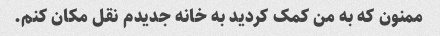
ممنون که به من کمک کردید به خانه جدیدم نقل مکان کنم.